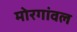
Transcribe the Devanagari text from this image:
मोरगांवल